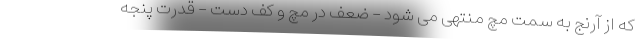
که از آرنج به سمت مچ منتهی می شود - ضعف در مچ و کف دست - قدرت پنجه